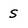
Character: S